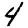
Digit: 4